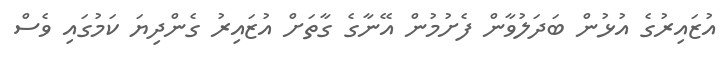
އުޒައިރުގެ އުޅުން ބަދަލުވާން ފެށުމުން އޭނާގެ ގާތަށް އުޒައިރު ގެންދިޔަ ކަމުގައި ވެސް